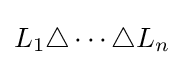
L_{1}\triangle \cdots \triangle L_{n}